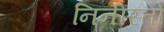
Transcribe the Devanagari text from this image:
निनीस्तो